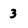
Character: 3